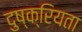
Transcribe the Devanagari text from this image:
दुष्क्रियता